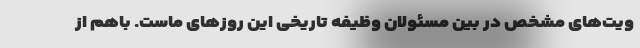
ویت‌های مشخص در بین مسئولان وظیفه تاریخی این روزهای ماست. باهم از